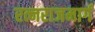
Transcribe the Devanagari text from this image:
रत्नराजमार्ग